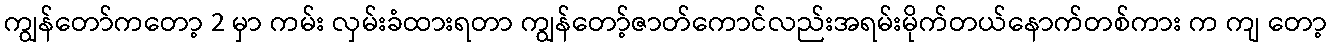
ကျွန်တော်ကတော့ 2 မှာ ကမ်း လှမ်းခံထားရတာ ကျွန်တော့်ဇာတ်ကောင်လည်းအရမ်းမိုက်တယ်နောက်တစ်ကား က ကျ တော့